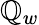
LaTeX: \mathbb{Q}_{w}